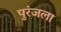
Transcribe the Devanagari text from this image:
पुरंजला